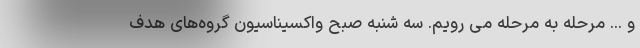
و ...‌ مرحله به مرحله می رویم. سه شنبه صبح واکسیناسیون گروه‌های هدف